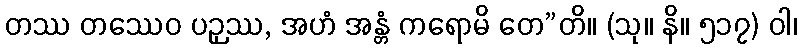
တဿ တဿေဝ ပဉှဿ, အဟံ အန္တံ ကရောမိ တေ”တိ။ (သု။ နိ။ ၅၁၇) ဝါ၊